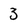
Character: 3